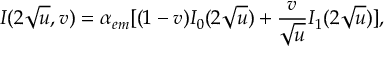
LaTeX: I ( 2 \sqrt { u } , v ) = \alpha _ { e m } [ ( 1 - v ) I _ { 0 } ( 2 \sqrt { u } ) + { \frac { v } { \sqrt { u } } } I _ { 1 } ( 2 \sqrt { u } ) ] ,